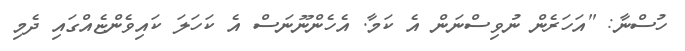
ހުސްނާ: "އަހަރެން ނުވިސްނަން އެ ކަމާ. އެހެންނޫނަސް އެ ކަހަލަ ކައިވެންޏެއްގައި ދެމި